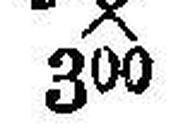
*X 300